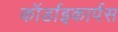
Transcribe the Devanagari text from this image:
कॉर्डाइकार्पस